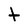
Character: t